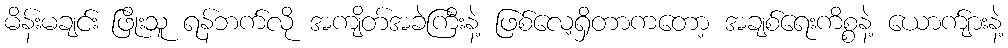
မိန်းမချင်း ဖြိုးသူ ရန်ဘက်လို အကျိတ်အခဲကြီးနဲ့ ဖြစ်လေ့ရှိတာကတော့ အချစ်ရေးကိစ္စနဲ့ ယောက်ျားနဲ့